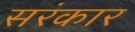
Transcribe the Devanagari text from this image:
सरंकार